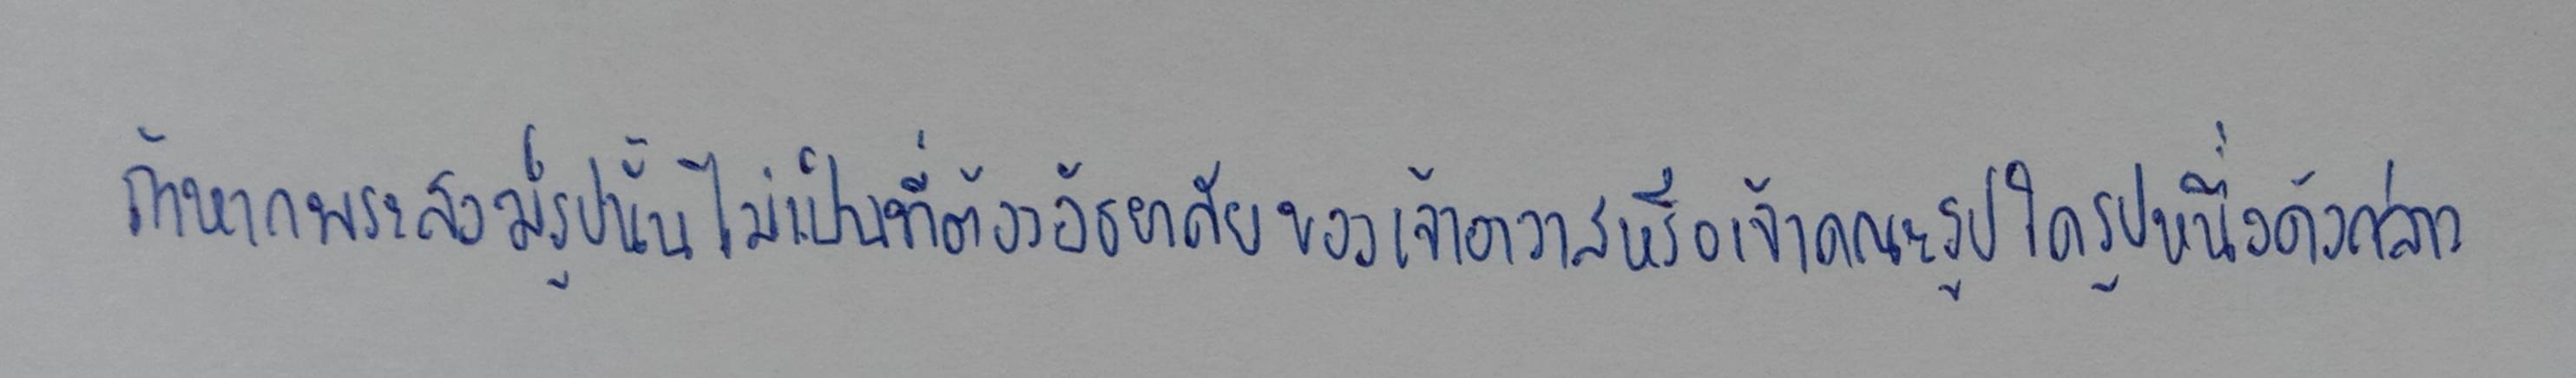
ถ้าหากพระสงฆ์รูปนั้นไม่เป็นที่ต้องอัธยาศัยของเจ้าอาวาสหรือเจ้าคณะรูปใดรูปหนึ่งดังกล่าว